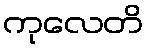
ကုလေတိ